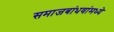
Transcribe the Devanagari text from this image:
समाजबांधवांमध्ये